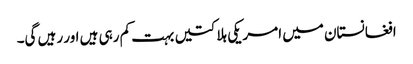
افغانستان میں امریکی ہلاکتیں بہت کم رہی ہیں اور رہیں گی۔